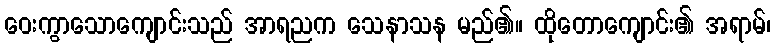
ဝေးကွာသောကျောင်းသည် အာရညက သေနာသန မည်၏။ ထိုတောကျောင်း၏ အရာမ်၊